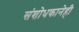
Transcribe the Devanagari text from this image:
संशोधकानेही